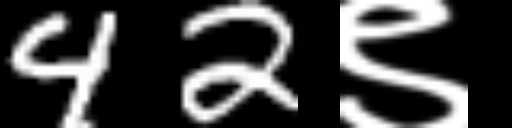
Text: 42९